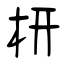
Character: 枅